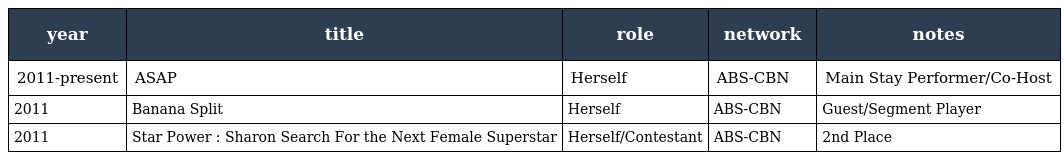
| year | title | role | network | notes |
 | --- | --- | --- | --- | --- |
 | 2011-present | ASAP | Herself | ABS-CBN | Main Stay Performer/Co-Host |
 | 2011 | Banana Split | Herself | ABS-CBN | Guest/Segment Player |
 | 2011 | Star Power : Sharon Search For the Next Female Superstar | Herself/Contestant | ABS-CBN | 2nd Place |